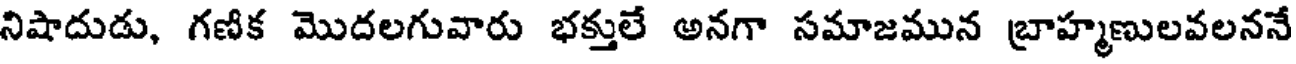
నిషాదుడు, గణిక మొదలగువారు భక్తులే అనగా సమాజమున బ్రాహ్మణులవలననే